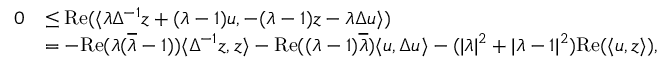
\begin{array} { r l } { 0 } & { \leq \mathrm { R e } ( \langle \lambda \Delta ^ { - 1 } z + ( \lambda - 1 ) u , - ( \lambda - 1 ) z - \lambda \Delta u \rangle ) } \\ & { = - \mathrm { R e } ( \lambda ( \overline { \lambda } - 1 ) ) \langle \Delta ^ { - 1 } z , z \rangle - \mathrm { R e } ( ( \lambda - 1 ) \overline { \lambda } ) \langle u , \Delta u \rangle - ( \vert \lambda \vert ^ { 2 } + \vert \lambda - 1 \vert ^ { 2 } ) \mathrm { R e } ( \langle u , z \rangle ) , } \end{array}